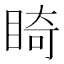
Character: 𥇚